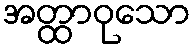
အတ္ထာဝုသော